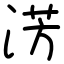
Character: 淓